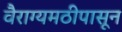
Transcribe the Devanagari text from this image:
वैराग्यमठीपासून